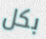
بكل